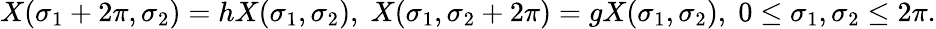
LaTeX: X(\sigma_{1}+2\pi,\sigma_{2})=hX(\sigma_{1},\sigma_{2}),\; X(\sigma_{1},\sigma_{2}+2\pi)=gX(\sigma_{1},\sigma_{2}),\; 0\leq\sigma_{1},\sigma_{2}\leq 2\pi.